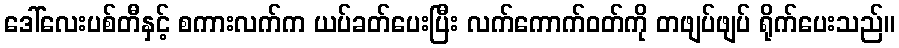
ဒေါ်လေးပစ်တီနှင့် စကားလက်က ယပ်ခတ်ပေးပြီး လက်ကောက်ဝတ်ကို တဖျပ်ဖျပ် ရိုက်ပေးသည်။